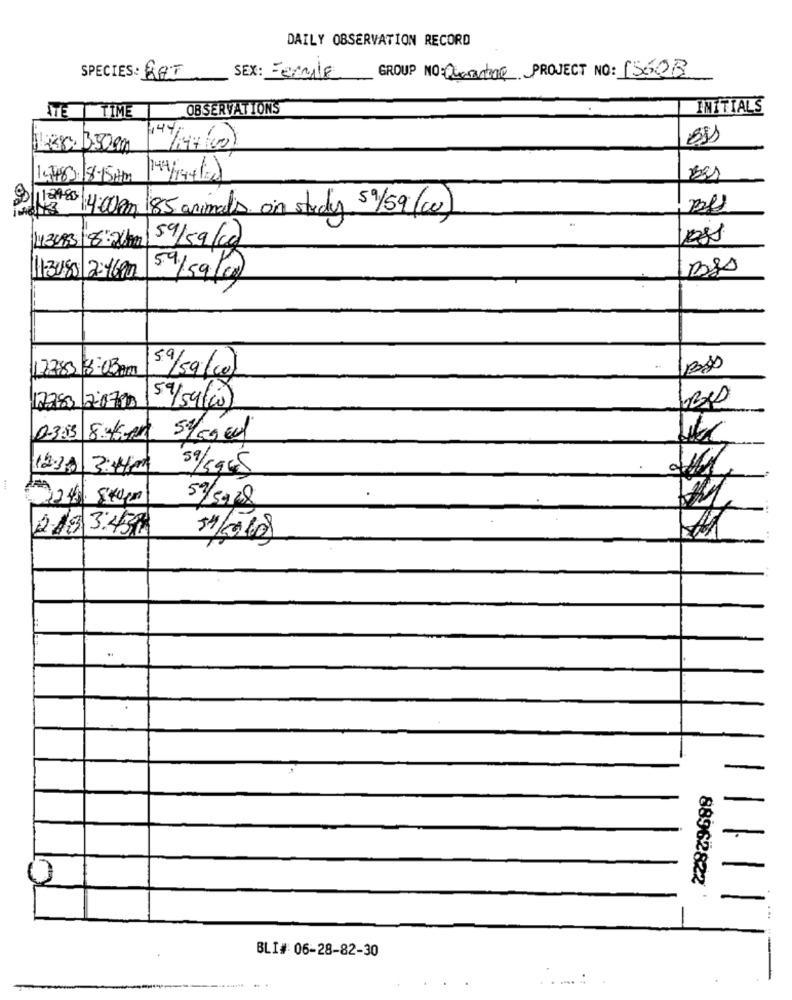
DAILY OBSERVATION RECORD
GROUP NO: Quarentae PROJECT NO: 15608
SPECIES: BAT
SEX: - EccAle
OBSERVATIONS
INITIALS
TE | TIME
Ler. 3.5mm
14/194(00)
1.483.18-15Hm
2/12980
14:00Am 85 animals on study 591/59 (0)
43493
59/59/g
11-308 2:46 Pm
59/59/0
122:83 18:03 Am
5.9/5g(co)
2283/20700
59/59/20)
0-3:33 8 4600
5/0000
12:30 3:41
59/5965
2245 84000
...
2.18 3.438
54/2010
-
88962822
1
BLI#: 06-28-82-30